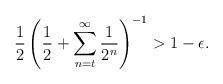
LaTeX: \begin{align*} \frac{1}{2} \left( \frac{1}{2} + \sum_{n = t}^\infty \frac{1}{2^n} \right)^{-1} > 1 - \epsilon. \end{align*}